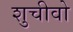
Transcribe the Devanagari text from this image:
शुचीवो